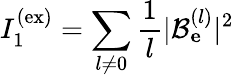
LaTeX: I_{1}^{\mathrm{(ex)}}=\sum_{l\neq 0}\frac{1}{l}|\mathcal{B}_{\mathbf e}^{(l)}|^{2}